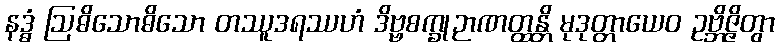
နဒ္ဓံ ဩဓိသောဓိသော တဿူဒရဿဟံ ဒိဗ္ဗစက္ခုဉာဏတ္ထန္တိ မုဒုတ္တာယေဝ ဥဗ္ဘိဇ္ဇိတွာ